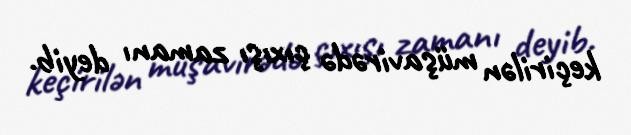
keçirilən müşavirədə çıxışı zamanı deyib.